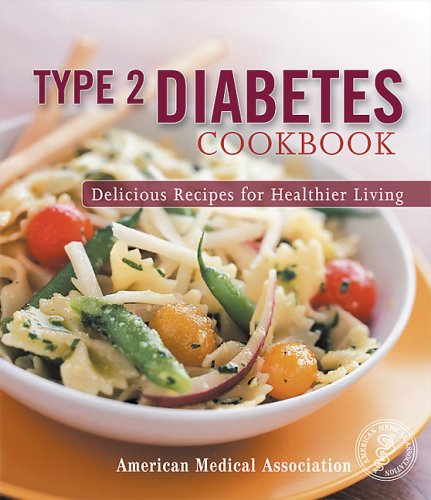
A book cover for Type 2 Diabetes Cookbook: Delicious Recipes for Healthier Living (American Medical Association); American Medical Association; Health, Fitness & Dieting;